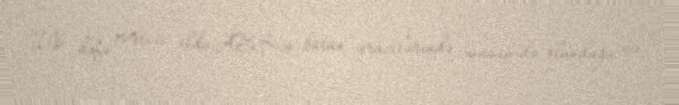
İlk dəfə 1996-cı ildə ABŞ-ın bütün ərazilərində müşahidə olunduğu və